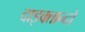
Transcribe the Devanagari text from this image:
दाइक्तान्दो